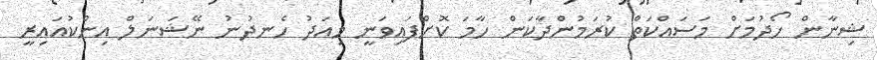
ޝިނާން ހޯދުމަށް މަސައްކަތް ކުރަމުންދާކަން ހާމަ ކޮށްފައިވަނީ މިއަދު ހެނދުނު ނޭޝަނަލް އިންކުއައިރީ